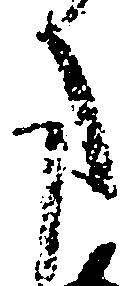
た